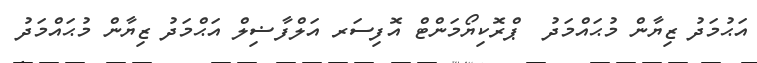
އަޙުމަދު ޒިޔާން މުޙައްމަދު  ޕްރޮކިޔޯމަންޓް އޮފިސަރ އަލްފާޟިލް އަޙްމަދު ޒިޔާން މުޙައްމަދު